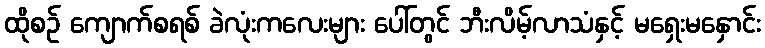
ထိုစဉ် ကျောက်စရစ် ခဲလုံးကလေးများ ပေါ်တွင် ဘီးလိမ့်လာသံနှင့် မရှေးမနှောင်း